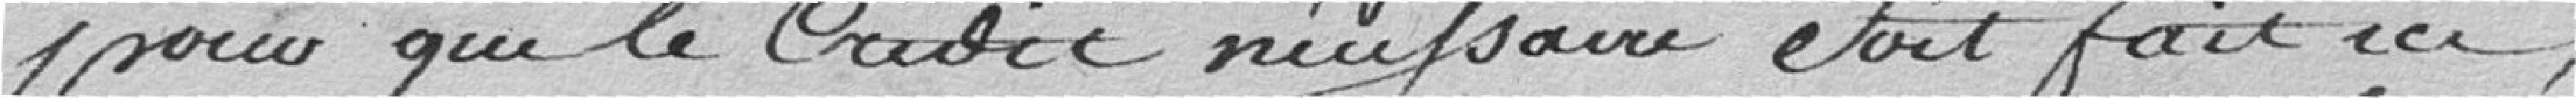
pour que le Crédit nécessaire soit fait ici,